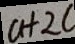
a + 2 c